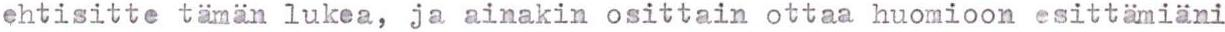
ehtisitte tämän lukea, ja ainakin osittain ottaa huomioon esittämiäni